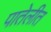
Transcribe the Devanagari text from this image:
पातेलीत